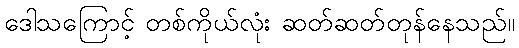
ဒေါသကြောင့် တစ်ကိုယ်လုံး ဆတ်ဆတ်တုန်နေသည်။